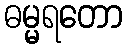
ဓမ္မရတော